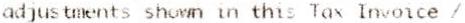
ADJUSTMENTS SHOWN IN THIS TAX INVOICE /